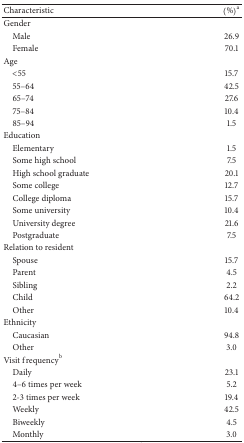
<table><thead><tr><td><b>Characteristic</b></td><td><b>(%)<sup>a</sup></b></td></tr></thead><tbody><tr><td>Gender</td><td> </td></tr><tr><td> Male</td><td>26.9</td></tr><tr><td> Female</td><td>70.1</td></tr><tr><td>Age</td><td> </td></tr><tr><td> &lt;55</td><td>15.7</td></tr><tr><td> 55–64</td><td>42.5</td></tr><tr><td> 65–74</td><td>27.6</td></tr><tr><td> 75–84</td><td>10.4</td></tr><tr><td> 85–94</td><td>1.5</td></tr><tr><td>Education</td><td> </td></tr><tr><td> Elementary</td><td>1.5</td></tr><tr><td> Some high school</td><td>7.5</td></tr><tr><td> High school graduate</td><td>20.1</td></tr><tr><td> Some college</td><td>12.7</td></tr><tr><td> College diploma</td><td>15.7</td></tr><tr><td> Some university</td><td>10.4</td></tr><tr><td> University degree</td><td>21.6</td></tr><tr><td> Postgraduate</td><td>7.5</td></tr><tr><td>Relation to resident</td><td> </td></tr><tr><td> Spouse</td><td>15.7</td></tr><tr><td> Parent</td><td>4.5</td></tr><tr><td> Sibling</td><td>2.2</td></tr><tr><td> Child</td><td>64.2</td></tr><tr><td> Other</td><td>10.4</td></tr><tr><td>Ethnicity</td><td> </td></tr><tr><td> Caucasian</td><td>94.8</td></tr><tr><td> Other</td><td>3.0</td></tr><tr><td>Visit frequency<sup>b</sup></td><td> </td></tr><tr><td> Daily</td><td>23.1</td></tr><tr><td> 4–6 times per week</td><td>5.2</td></tr><tr><td> 2-3 times per week</td><td>19.4</td></tr><tr><td> Weekly</td><td>42.5</td></tr><tr><td> Biweekly</td><td>4.5</td></tr><tr><td> Monthly</td><td>3.0</td></tr></tbody></table>